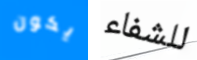
يكون للشفاء